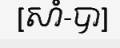
[សាំ-បា]